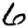
Digit: 6